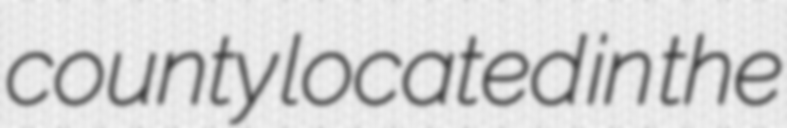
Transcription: county located in the